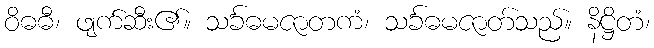
ဝိဓဓီ၊ ဖျက်ဆီး၏။ သင်္ခဓမဇာတကံ၊ သင်္ခဓမဇာတ်သည်။ နိဋ္ဌိတံ၊